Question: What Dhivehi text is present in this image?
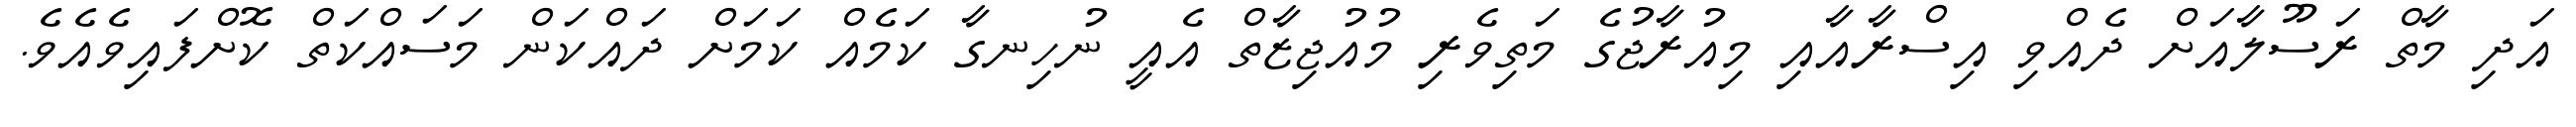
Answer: އަދި މާތް ރަސޫލާއަށް ދެއްވި އިސްރާއާއި މިއުރާޖުގެ މަތިވެރި މުއުޖިޒާތް އެއީ ނުހިނގާ ކަމެއް ކަމަށް ދައްކަން މަސައްކަތް ކޮށްފައިވެއެވެ.